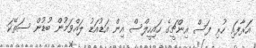
އަރާފައި ހުރި ފަސް އިންޗީގެ ހައިހީލްސް އިން އަޑުއަޑު ލައްވަމުން ބުޑުން ސަތޭކަ